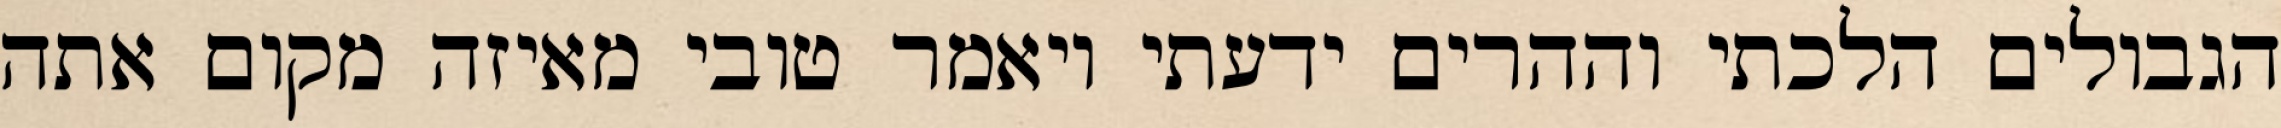
הגבולים הלכתי וההרים ידעתי ויאמר טובי מאיזה מקום אתה